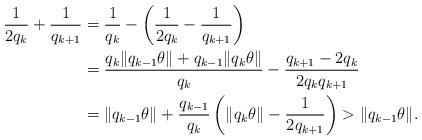
LaTeX: \begin{align*}\frac{1}{2q_k} + \frac{1}{q_{k+1}} &= \frac{1}{q_k} - \left( \frac{1}{2q_k} - \frac{1}{q_{k+1}} \right) \\&=\frac{q_k \| q_{k-1} \theta \| + q_{k-1} \| q_k \theta \|}{q_k} - \frac{q_{k+1} -2q_k}{2q_k q_{k+1}} \\&=\| q_{k-1} \theta \| + \frac{q_{k-1}}{q_k} \left( \| q_k \theta \| - \frac{1}{2 q_{k+1}} \right) > \| q_{k-1} \theta \|.\end{align*}